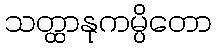
သတ္ထာနုကမ္ပိတော